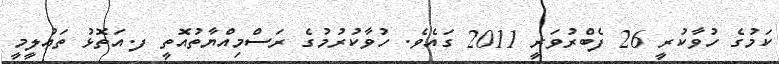
ކަމުގެ ހުވާކުރީ 26 ފެބްރުވަރީ 2011 ގައެވެ. ހުވާކުރުމުގެ ރަސްމިއްޔާތުއޮތީ ފ.އަތޮޅު ތަޢުލީމީ